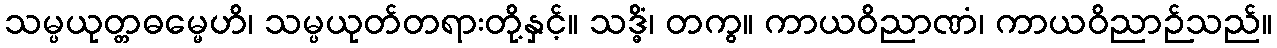
သမ္ပယုတ္တဓမ္မေဟိ၊ သမ္ပယုတ်တရားတို့နှင့်။ သဒ္ဓိံ၊ တကွ။ ကာယဝိညာဏံ၊ ကာယဝိညာဉ်သည်။